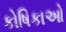
કોષિકાઓ